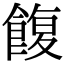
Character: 𩜲